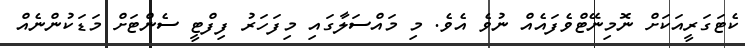
ކެޓަގަރީއަކަށް ނޮމިނޭޓްވެފައެއް ނުވެ އެވެ. މި މައްސަލާގައި މިފަހަރު ފިފްޓީ ސެންޓަށް މަޑަކުންނެއް